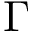
\Gamma